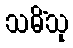
သမိံသု